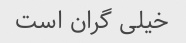
خیلی گران است